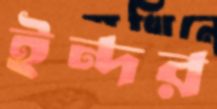
ইন্দর